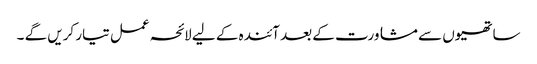
ساتھیوں سے مشاورت کے بعد آئندہ کے لیے لائحہ عمل تیار کریں گے ۔